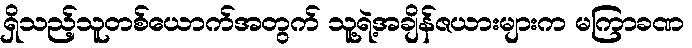
ရှိသည့်သူတစ်ယောက်အတွက် သူ့ရဲ့အချိန်ဇယားများက မကြာခဏ